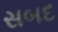
સબદ